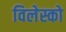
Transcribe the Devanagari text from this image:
विलेस्को